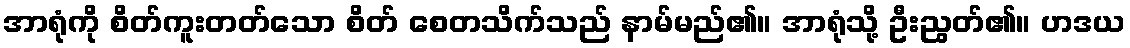
အာရုံကို စိတ်ကူးတတ်သော စိတ် စေတသိက်သည် နာမ်မည်၏။ အာရုံသို့ ဦးညွတ်၏။ ဟဒယ